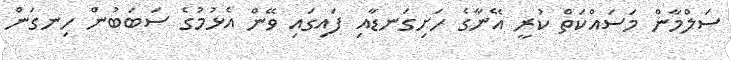
ސަލްމާން މަސައްކަތް ކުރީ އޭނާގެ ހަށިގަނޑާއި ފައިގައި ވޭން އެޅުމުގެ ސަބަބުން ހިނގަން